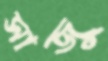
সাজু